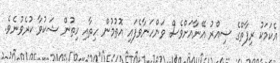
އެކަމަކު ރިފާތްގެ ސިއްރު އޭނާއަށްވެސް ވަންހަނާވެފައި އޮތުމުން ހިތާއި ހިތުން ޝަކުވާ ކުރެވުނެވެ.